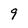
Character: 9